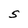
Character: S